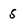
Character: 5